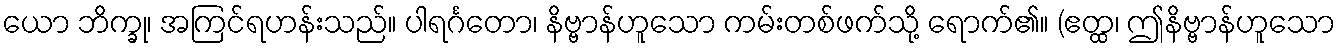
ယော ဘိက္ခု၊ အကြင်ရဟန်းသည်။ ပါရင်္ဂတော၊ နိဗ္ဗာန်ဟူသော ကမ်းတစ်ဖက်သို့ ရောက်၏။ (ဧတ္ထ၊ ဤနိဗ္ဗာန်ဟူသော